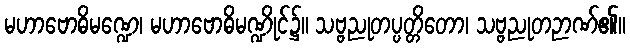
မဟာဗောဓိမဏ္ဍေ၊ မဟာဗောဓိမဏ္ဍိုင်၌။ သဗ္ဗညုတပ္ပတ္တိတော၊ သဗ္ဗညုတဉာဏ်၏။